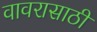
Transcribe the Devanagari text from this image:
वावरासाठी